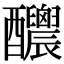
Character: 𨤉